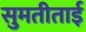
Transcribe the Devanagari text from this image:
सुमतीताई